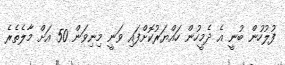
ފުލުހުން ބުނީ އެ ދެމީހުން ހައްޔަރުކޮށްފައި ވަނީ މިނިވަން 50 އަށް މާލެތެރެ